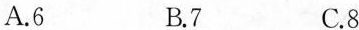
A.6 B.7 C.8